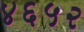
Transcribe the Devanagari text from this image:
४६५२